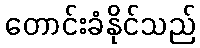
တောင်းခံနိုင်သည်